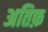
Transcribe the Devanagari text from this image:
अतिफ़